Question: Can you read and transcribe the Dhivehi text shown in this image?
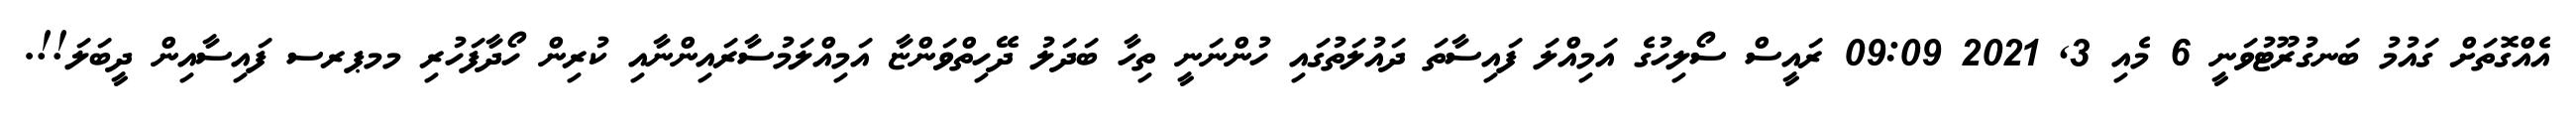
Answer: އެއްގޮތަށް ގައުމު ބަނގުރޫޓުވަނީ 6 މެއި 3, 2021 09:09 ރައީސް ސޯލިހުގެ އަމިއްލަ ފައިސާތަ ދައުލަތުގައި ހުންނަނީ ތިހާ ބަދަލު ދޭހިތްވަންޏާ އަމިއްލަމުސާރައިންނާއި ކުރިން ހޯދާފަހުރި މމޕރސ ފައިސާއިން ދީބަލަ!!.